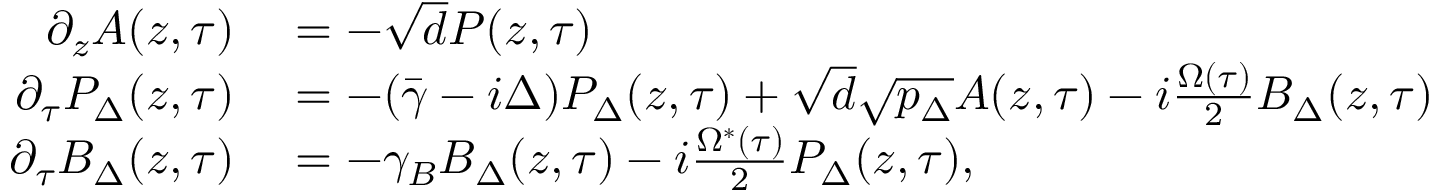
\begin{array} { r l } { \partial _ { z } A ( z , \tau ) } & { { } = - \sqrt { d } P ( z , \tau ) } \\ { \partial _ { \tau } P _ { \Delta } ( z , \tau ) } & { { } = - ( \bar { \gamma } - i \Delta ) P _ { \Delta } ( z , \tau ) + \sqrt { d } \sqrt { p _ { \Delta } } A ( z , \tau ) - i \frac { \Omega ( \tau ) } { 2 } B _ { \Delta } ( z , \tau ) } \\ { \partial _ { \tau } B _ { \Delta } ( z , \tau ) } & { { } = - \gamma _ { B } B _ { \Delta } ( z , \tau ) - i \frac { \Omega ^ { * } ( \tau ) } { 2 } P _ { \Delta } ( z , \tau ) , } \end{array}